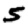
Digit: 5